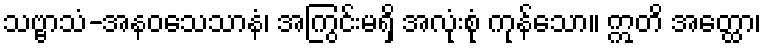
သဗ္ဗာသံ-အနဝသေသာနံ၊ အကြွင်းမရှိ အလုံးစုံ ကုန်သော။ ဣတိ အတ္ထော၊